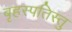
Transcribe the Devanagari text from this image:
बृहस्पतिस्तु